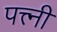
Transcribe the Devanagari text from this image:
पत्त्नी